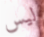
ليس